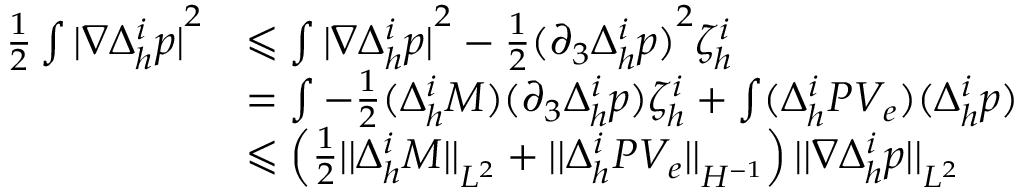
\begin{array} { r l } { \frac { 1 } { 2 } \int { \lvert \nabla \Delta _ { h } ^ { i } p \rvert } ^ { 2 } } & { \leqslant \int { \lvert \nabla \Delta _ { h } ^ { i } p \rvert } ^ { 2 } - \frac { 1 } { 2 } { ( \partial _ { 3 } \Delta _ { h } ^ { i } p ) } ^ { 2 } \zeta _ { h } ^ { i } } \\ & { = \int - \frac { 1 } { 2 } ( \Delta _ { h } ^ { i } M ) ( \partial _ { 3 } \Delta _ { h } ^ { i } p ) \zeta _ { h } ^ { i } + \int ( \Delta _ { h } ^ { i } P V _ { e } ) ( \Delta _ { h } ^ { i } p ) } \\ & { \leqslant \left( \frac { 1 } { 2 } { \lvert \lvert \Delta _ { h } ^ { i } M \rvert \rvert } _ { L ^ { 2 } } + { \lvert \lvert \Delta _ { h } ^ { i } P V _ { e } \rvert \rvert } _ { H ^ { - 1 } } \right) { \lvert \lvert \nabla \Delta _ { h } ^ { i } p \rvert \rvert } _ { L ^ { 2 } } } \end{array}